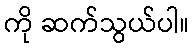
ကို ဆက်သွယ်ပါ။